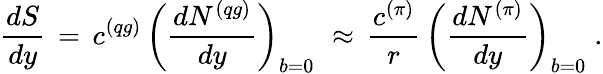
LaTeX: \frac{dS}{dy}\, =\, c^{(qg)}\, \left(\frac{dN^{(qg)}}{dy}\right)_{b=0}\, \, \approx\, \frac{c^{(\pi)}}{r}\, \left(\frac{dN^{(\pi)}}{dy}\right)_{b=0}\; .